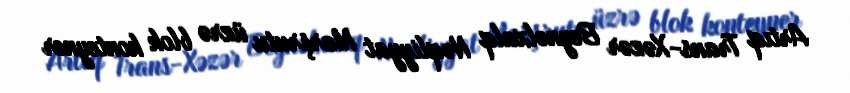
Artıq Trans-Xəzər Beynəlxalq Nəqliyyat Marşrutu üzrə blok konteyner